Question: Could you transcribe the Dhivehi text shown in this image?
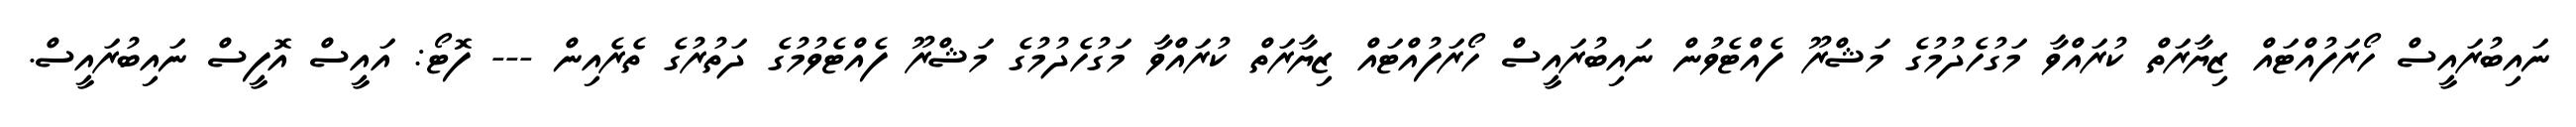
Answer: ނައިބުރައީސް ހޯރަފުއްޓައް ޒިޔާރަތް ކުރައްވާ މަގުހެދުމުގެ މަޝްރޫ ފެއްޓެވުން ނައިބުރައީސް ހޯރަފުއްޓައް ޒިޔާރަތް ކުރައްވާ މަގުހެދުމުގެ މަޝްރޫ ފެއްޓެވުމުގެ ދަތުރުގެ ތެރެއިން --- ފޮޓޯ: އައީސް އޮފީސް ނައިބުރައީސް.